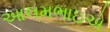
આલમભાઇએ